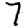
Digit: 7